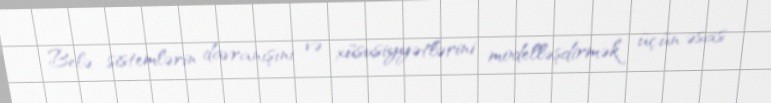
Belə sistemlərin davranışını və xüsusiyyətlərini modelləşdirmək üçün əsas